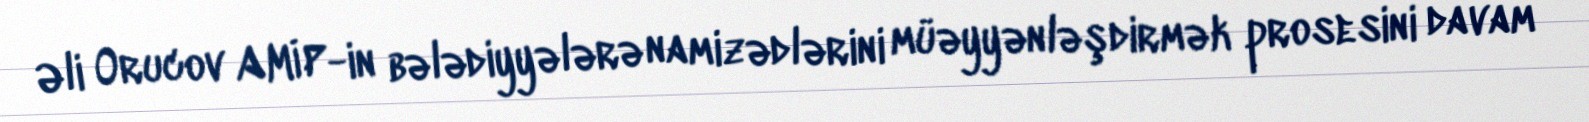
Əli Orucov AMİP-in bələdiyyələrə namizədlərini müəyyənləşdirmək prosesini davam